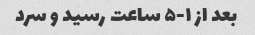
بعد از ۱-۵ ساعت رسید و سرد